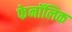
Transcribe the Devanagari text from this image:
फेनॉलिक